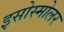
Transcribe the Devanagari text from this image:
इसोस्मोलर